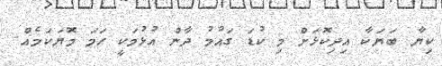
ކިޔާ ބަޔަކާ އިދިކޮޅަށް މި ކުޑަ ގައުމު ދާން އުޅުމަކީ ހަމަ މޮޔަކަމެއް.